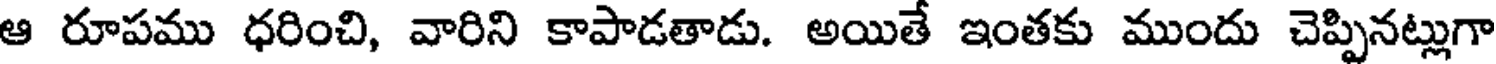
ఆ రూపము ధరించి, వారిని కాపాడతాడు. అయితే ఇంతకు ముందు చెప్పినట్లుగా